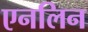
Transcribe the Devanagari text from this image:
एनलिन